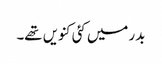
بدر میں کئی کنویں تھے۔